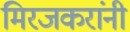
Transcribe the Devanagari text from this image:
मिरजकरांनी